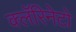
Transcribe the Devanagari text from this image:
क्लॅरिनेटो